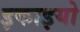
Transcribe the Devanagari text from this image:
इकाइयो